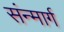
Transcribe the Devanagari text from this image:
संन्मार्ग